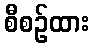
စီစဉ်ထား